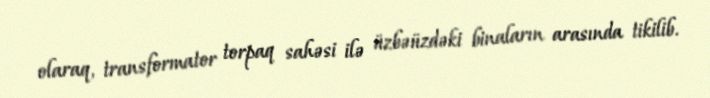
olaraq, transformator torpaq sahəsi ilə üzbəüzdəki binaların arasında tikilib.